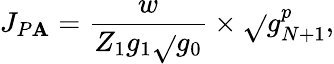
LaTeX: J_{P\mathbf{A}}=\frac{{w}}{{Z_{1}g_{1}\sqrt{}{{g_{0}}}}}\times\sqrt{}{{g_{N+1}^{p}}},